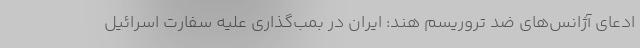
ادعای آژانس‌های ضد تروریسم هند: ایران در بمب‌گذاری علیه سفارت اسرائیل